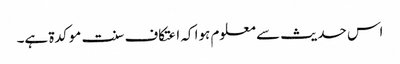
اس حدیث سے معلوم ہوا کہ اعتکاف سنت موکدۃ ہے۔